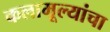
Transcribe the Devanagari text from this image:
कलामूल्यांचा